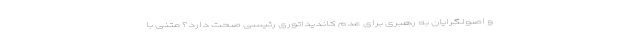
و اصولگرایان به رهبری برای عدم کاندیداتوری رئیسی صحت دارد؟ متنی با